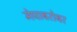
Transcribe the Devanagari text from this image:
मेघाबरोबर